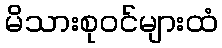
မိသားစုဝင်များထံ